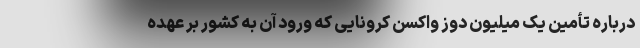
درباره تأمین یک میلیون دوز واکسن کرونایی که ورود آن به کشور بر عهده